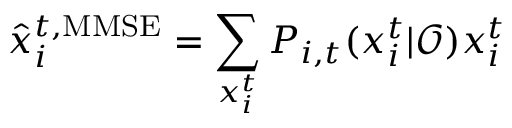
\hat { x } _ { i } ^ { t , \mathrm { M M S E } } = \sum _ { x _ { i } ^ { t } } P _ { i , t } ( x _ { i } ^ { t } | \mathcal { O } ) x _ { i } ^ { t }